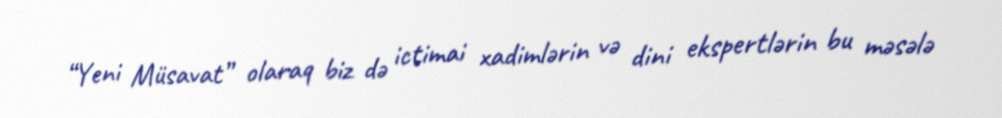
“Yeni Müsavat” olaraq biz də ictimai xadimlərin və dini ekspertlərin bu məsələ